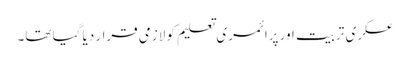
عسکری تربیت اور پرائمری تعلیم کو لازمی قرار دیا گیا تھا۔